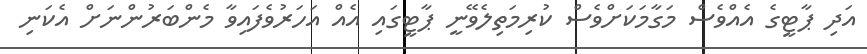
އަދި ޕާޓީގެ އެއްވެސް މަގާމަކަށްވެސް ކުރިމަތިލެވޭނީ ޕާޓީގައި އެއް އަހަރުވެފައިވާ މެންބަރުންނަށް އެކަނި